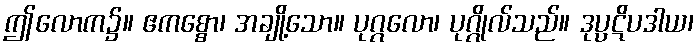
ဤလောက၌။ ဧကစ္စော၊ အချို့သော။ ပုဂ္ဂလော၊ ပုဂ္ဂိုလ်သည်။ ဒုပ္ပဋိပဒါယ၊